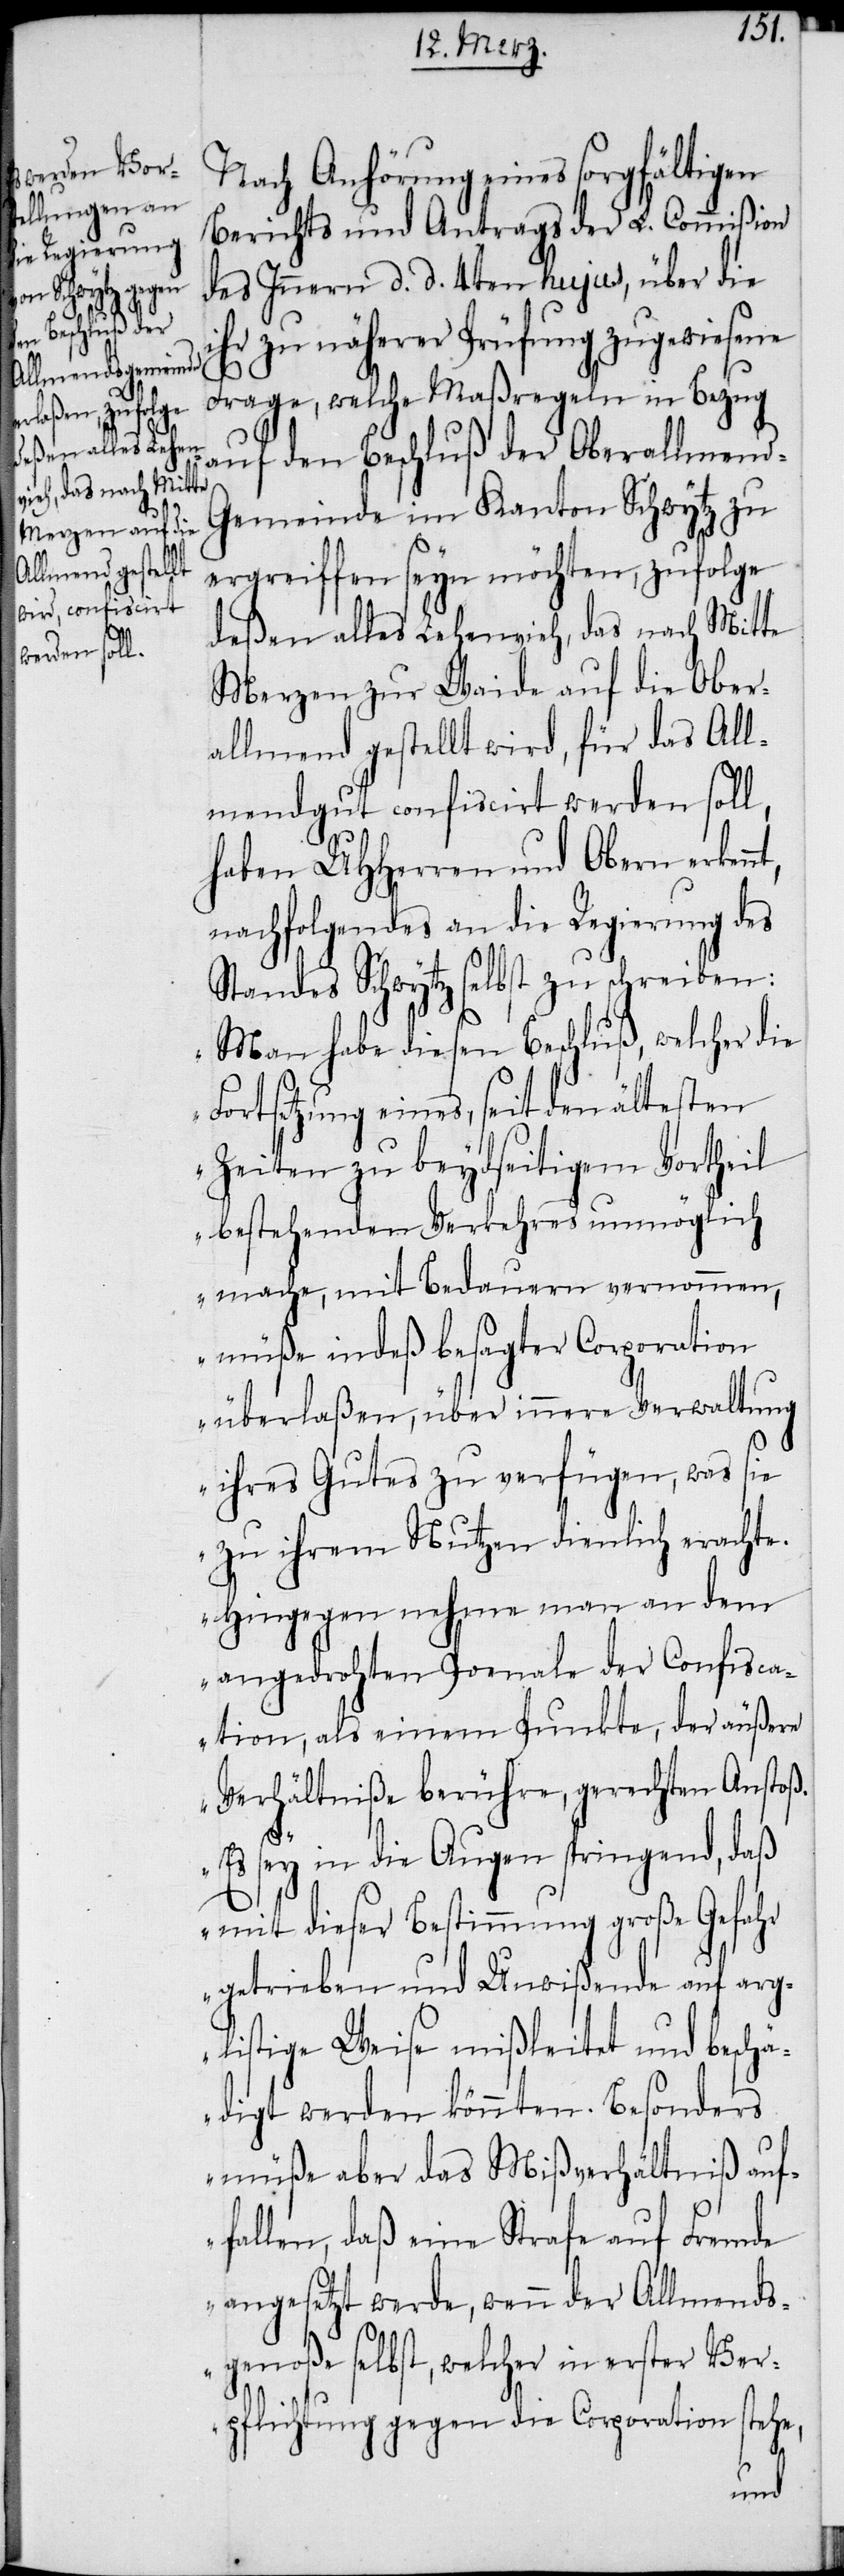
nt,
Nach Anhörung eines sorgfältigen
Berichts und Antrags der L. Commißion
des Innern d. d. 4ten hujus, über die
ihr zu näherer Prüfung zugewiesene
Frage, welche Maßregeln in Bezug
auf den Beschluß der Oberallmen¬
d-Gemeinde im Kanton Schwytz zu
ergreiffen seyn möchten, zufolge
deßen alles Lehenvieh, das nach Mitte
Merzen zur Waide auf die Ober¬
allmend gestellt wird, für das All¬
mendgut confiscirt werden soll,
haben UHHerren und Obern erken¬
nachfolgendes an die Regierung des
Standes Schwytz selbst zu schreiben:
„Man habe diesen Beschluß, welcher die
Fortsetzung eines, seit den ältesten
Zeiten zu beydseitigem Vortheil
bestehenden Verkehres unmöglich
mache, mit Bedauern vernommen,
müße indeß besagter Corporation
überlaßen, über innere Verwaltung
ihres Gutes zu verfügen, was sie
zu ihrem Nutzen dienlich erachte.
Hingegen nehme man an dem
angedrohten Poenale der Confisca¬
tion, als einem Punkte, der äußere
Verhältniße berühre, gerechten Anstoß.
Es sey in die Augen springend, daß
mit dieser Bestimmung große Gefahr
getrieben und Unwißende auf arg¬
listige Weise mißleitet und beschä¬
digt werden könnten. Besonders
müße aber das Mißverhältniß auf¬
fallen, daß eine Strafe auf Fremde
angesetzt werde, wenn der Allmends¬
genoße selbst, welcher in erster Ver¬
pflichtung gegen die Corporation stehe,